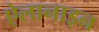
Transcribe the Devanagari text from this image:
ऐलानाइन